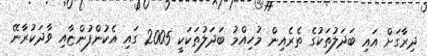
ދިރާގަށް އައި ބަދަލުތަކުގެ ތެރެއިން މުހިއްމު ބަދަލުތަކަކީ 2005 ގައި އެކުންފުންޏާއި ވާދަކުރާނޭ